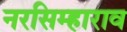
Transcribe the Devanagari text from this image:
नरसिम्हाराव